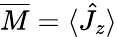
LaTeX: \overline{{M}}=\langle\hat{J}_{z}\rangle